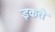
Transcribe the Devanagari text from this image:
इकते